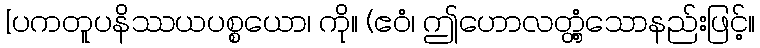
[ပကတူပနိဿယပစ္စယော၊ ကို။ (ဧဝံ၊ ဤဟောလတ္တံ့သောနည်းဖြင့်။